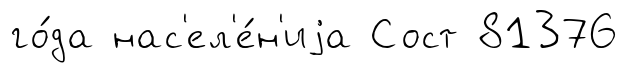
го́да нас'ел'е́н'иjа Сост 81376